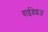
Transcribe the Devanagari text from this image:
वाईब्रेशंज़